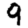
Digit: 9